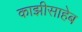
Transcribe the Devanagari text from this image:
काझीसाहेब